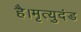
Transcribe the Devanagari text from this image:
है।मृत्युदंड